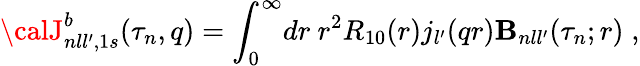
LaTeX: {\calJ}_{nll^{\prime},1s}^{b}(\tau_{n},q)={\int}_{0}^{\infty}dr\ r^{2}R_{10}(r)j_{l^{\prime}}(qr){\cal\mathbf{B}}_{nll^{\prime}}(\tau_{n};r)\; ,